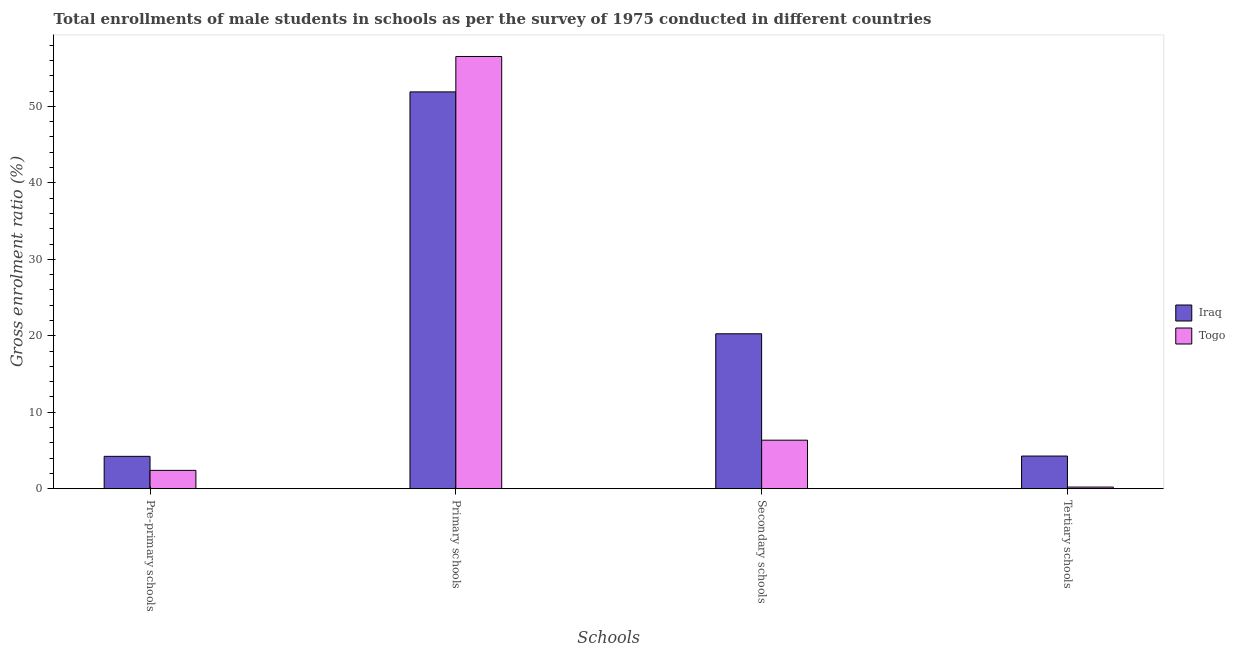
| Schools | Iraq | Togo |
 | --- | --- | --- |
 | Pre-primary schools | 4.23 | 2.39 |
 | Primary schools | 51.9 | 56.5 |
 | Secondary schools | 20.3 | 6.34 |
 | Tertiary schools | 4.27 | 0.21 |